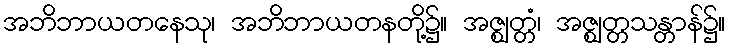
အဘိဘာယတနေသု၊ အဘိဘာယတနတို့၌။ အဇ္ဈတ္တံ၊ အဇ္ဈတ္တသန္တာန်၌။